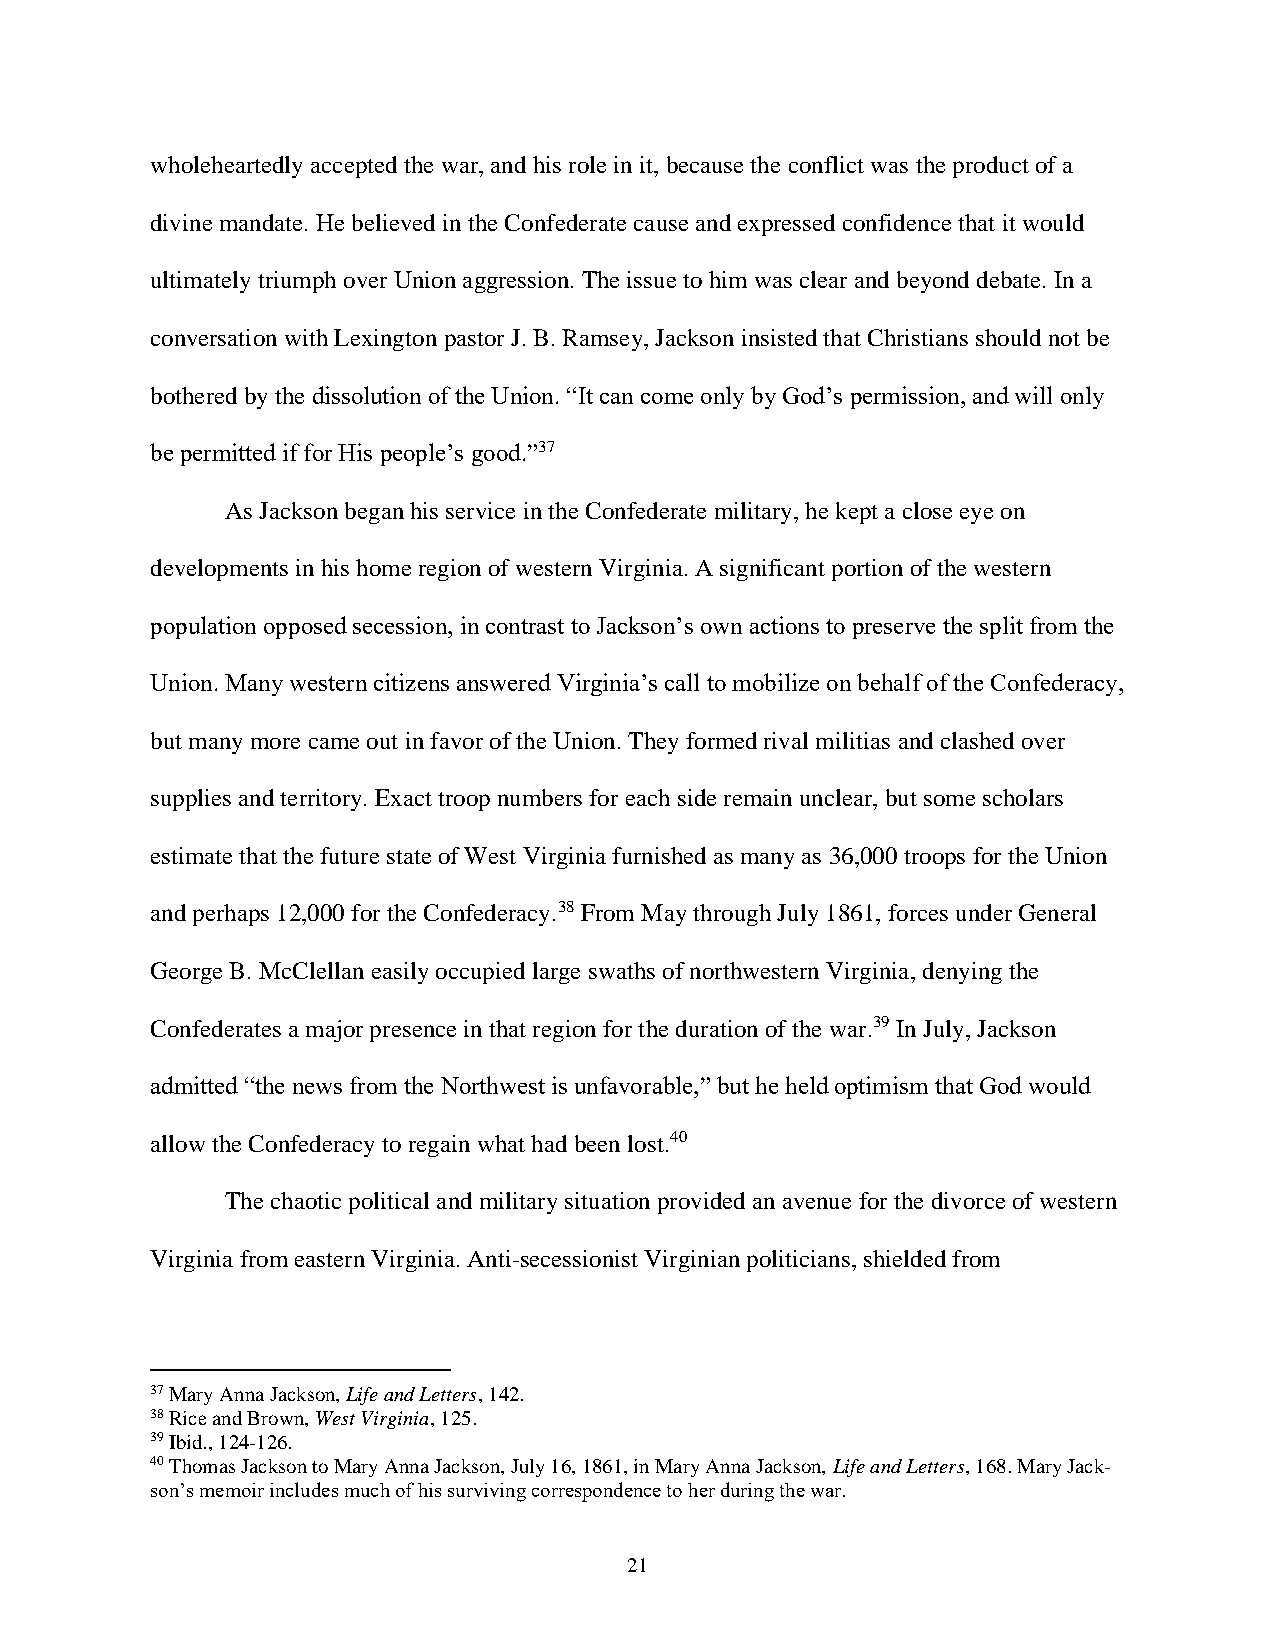
wholeheartedly accepted the war, and his role in it, because the conflict was the product of a
 divine mandate. He believed in the Confederate cause and expressed confidence that it would
 ultimately triumph over Union aggression. The issue to him was clear and beyond debate. In a
 conversation with Lexington pastor J. B. Ramsey, Jackson insisted that Christians should not be
 bothered by the dissolution of the Union. “It can come only by God’s permission, and will only
 be permitted if for His people’s good.”37
 As Jackson began his service in the Confederate military, he kept a close eye on
 developments in his home region of western Virginia. A significant portion of the western
 population opposed secession, in contrast to Jackson’s own actions to preserve the split from the
 Union. Many western citizens answered Virginia’s call to mobilize on behalf of the Confederacy,
 but many more came out in favor of the Union. They formed rival militias and clashed over
 supplies and territory. Exact troop numbers for each side remain unclear, but some scholars
 estimate that the future state of West Virginia furnished as many as 36,000 troops for the Union
 and perhaps 12,000 for the Confederacy.38 From May through July 1861, forces under General
 George B. McClellan easily occupied large swaths of northwestern Virginia, denying the
 Confederates a major presence in that region for the duration of the war.39 In July, Jackson
 admitted “the news from the Northwest is unfavorable,” but he held optimism that God would
 allow the Confederacy to regain what had been lost.40
 The chaotic political and military situation provided an avenue for the divorce of western
 Virginia from eastern Virginia. Anti-secessionist Virginian politicians, shielded from
 37 Mary Anna Jackson, Life and Letters, 142.
 38 Rice and Brown, West Virginia, 125.
 39 Ibid., 124-126.
 40 Thomas Jackson to Mary Anna Jackson, July 16, 1861, in Mary Anna Jackson, Life and Letters, 168. Mary Jack-
 son’s memoir includes much of his surviving correspondence to her during the war.
 21